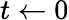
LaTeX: t\gets 0